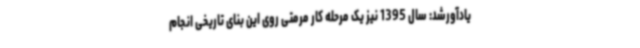
یادآورشد: سال 1395 نیز یک مرحله کار مرمتی روی این بنای تاریخی انجام